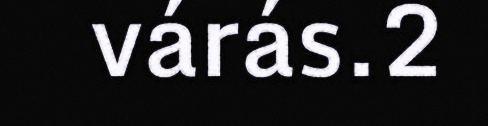
várás.2